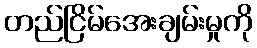
တည်ငြိမ်အေးချမ်းမှုကို